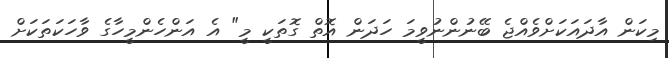
މިކަން އާދައަކަށްވެއްޖެ ބޭނުންނުވީމަ ހަދަން އޮތް ގޮތަކީ މީ" އެ އަންހެންމީހާގެ ވާހަކަތަކަށް